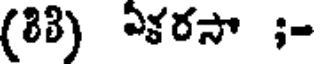
(83) ఏళరసా ;-